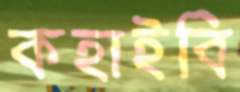
কহাইবি